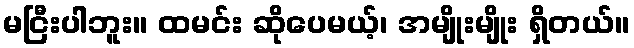
မငြီးပါဘူး။ ထမင်း ဆိုပေမယ့်၊ အမျိုးမျိုး ရှိတယ်။